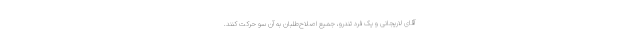
آقای لاریجانی و یک فرد تندرو، جمیع اصلاح‌طلبان به آن سو حرکت کنند.